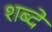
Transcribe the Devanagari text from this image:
शब्दें